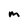
Character: m